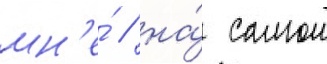
мн'е́ / на́ самом